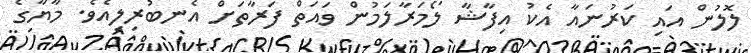
ލޮލުން އައި ކަރުނައާ އެކު އިފާޝާ ލޯމަރާލަމުން ވައަތް ފަރާތަށް އެނބުރިލިއެވެ. މާޔާގެ